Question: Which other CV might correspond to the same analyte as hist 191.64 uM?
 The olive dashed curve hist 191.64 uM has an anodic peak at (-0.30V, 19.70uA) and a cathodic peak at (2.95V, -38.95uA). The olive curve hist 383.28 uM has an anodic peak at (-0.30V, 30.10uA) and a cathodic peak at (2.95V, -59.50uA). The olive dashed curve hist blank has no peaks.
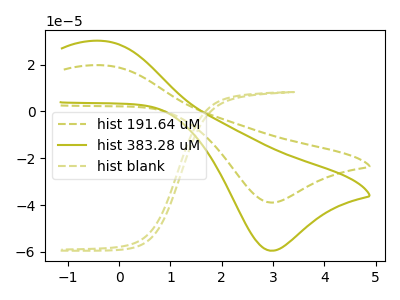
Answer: <think>All the peaks in "hist 191.64 uM" have a peak in "hist 383.28 uM" at the same potential. Every peak in "hist 191.64 uM" is lower than every peak in "hist 383.28 uM". "hist 191.64 uM" and "hist blank" have a different number of peaks. "hist 383.28 uM" and "hist blank" have a different number of peaks.
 </think>
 <answer>The CV with the most similar shape to "hist 383.28 uM" is "hist 191.64 uM".</answer>
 <eval>"hist 191.64 uM"</eval>